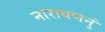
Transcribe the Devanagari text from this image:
नारायणनुं